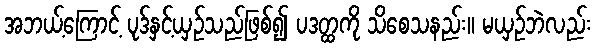
အဘယ့်ကြောင့် ပုဒ်နှင့်ယှဉ်သည်ဖြစ်၍ ပဒတ္ထကို သိစေသနည်း။ မယှဉ်ဘဲလည်း